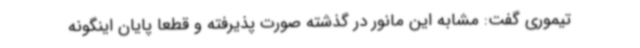
تیموری گفت: مشابه این مانور در گذشته صورت پذیرفته و قطعا پایان اینگونه